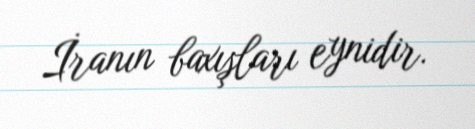
İranın baxışları eynidir.